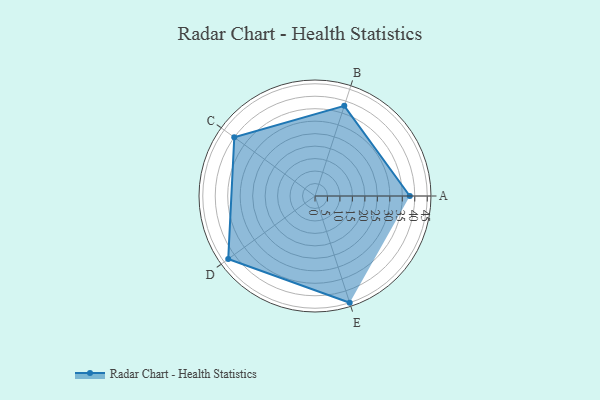
{"axis": {"x": "Skill", "y": "Score"}, "legend": ["Profile"], "data": [{"x": "A", "y": 38.0, "type": "Profile"}, {"x": "B", "y": 38.0, "type": "Profile"}, {"x": "C", "y": 40.0, "type": "Profile"}, {"x": "D", "y": 43.0, "type": "Profile"}, {"x": "E", "y": 45.0, "type": "Profile"}]}